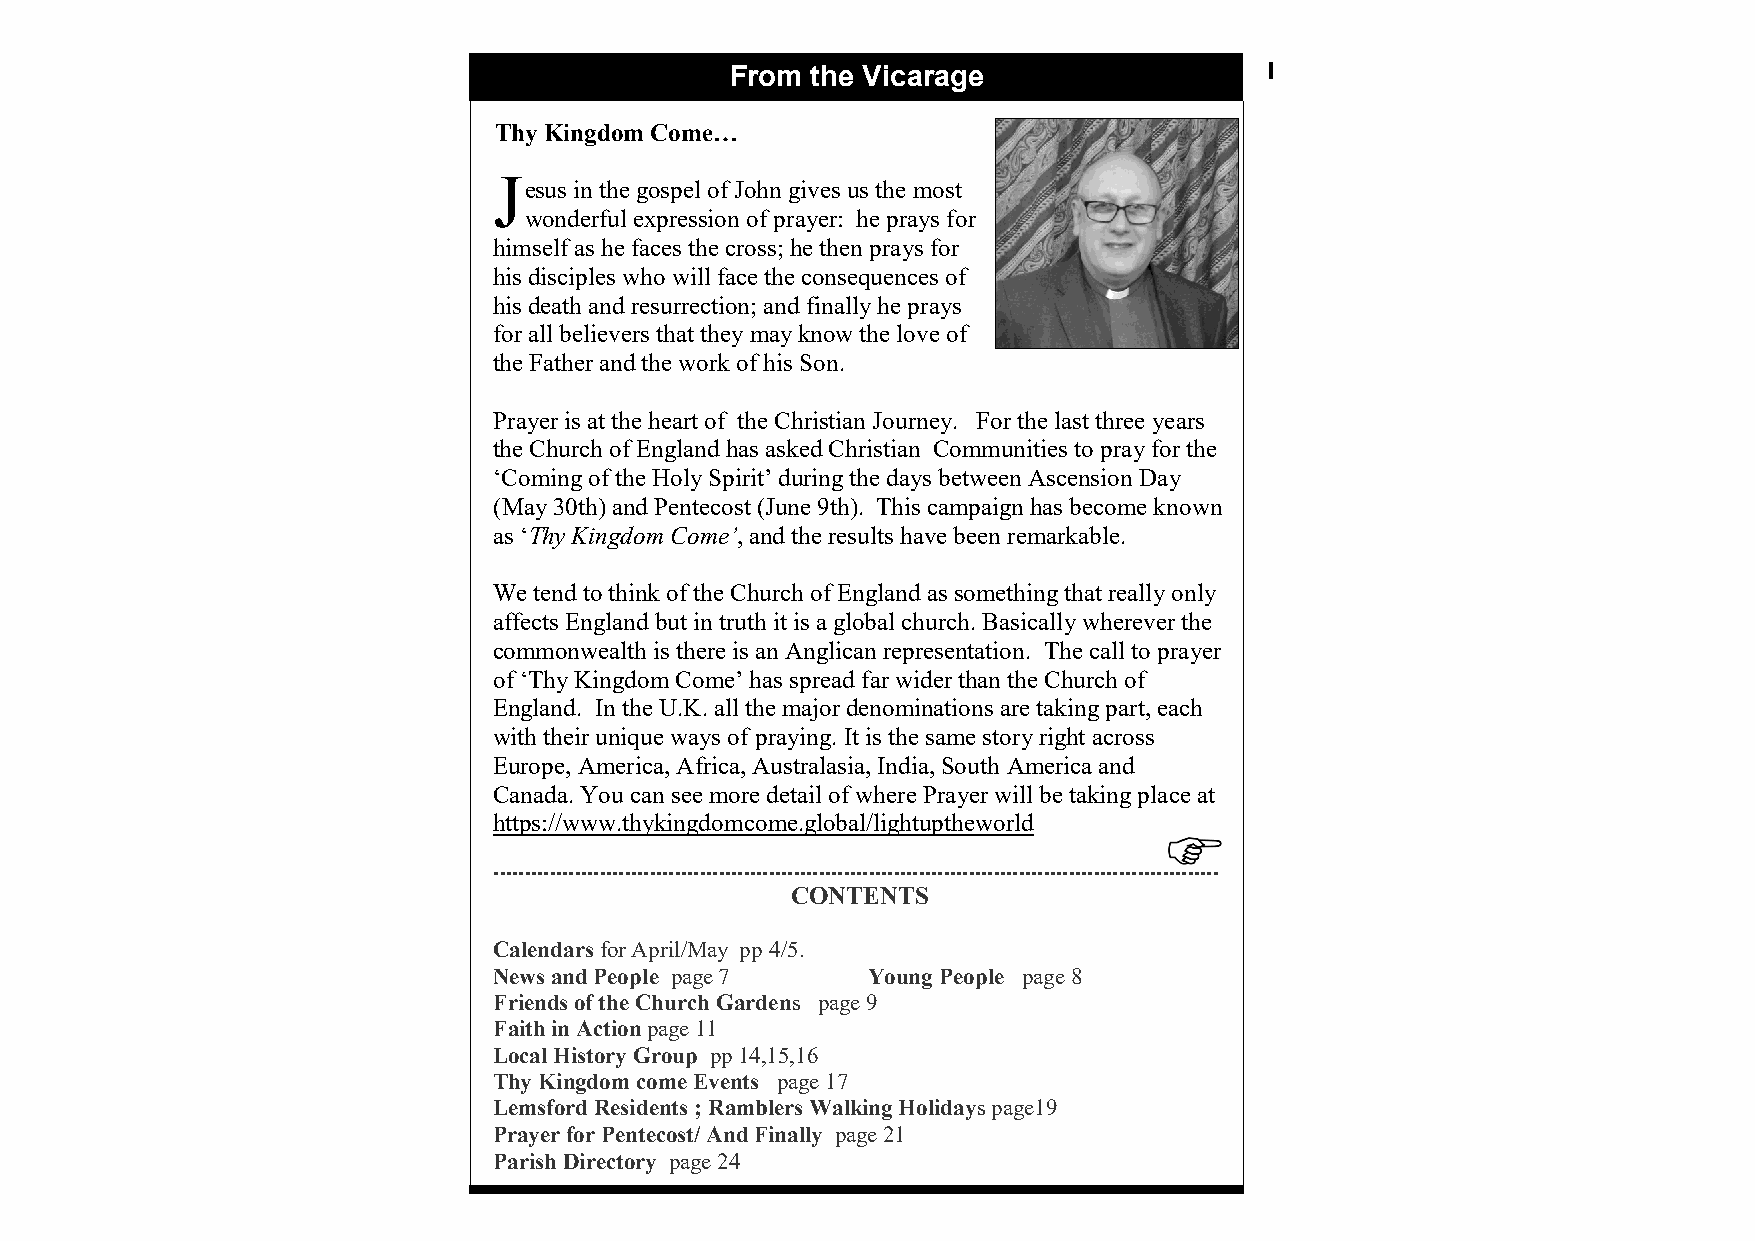
From  the Vicarage                  1
 Thy Kingdom Come…
 J
 esus in the gospel of John gives us the most
 wonderful expression of prayer: he prays for
 himself as he faces the cross; he then prays for
 his disciples who will face the consequences of
 his death and resurrection; and finally he prays
 for all believers that they may know the love of
 the Father and the work of his Son.
 Prayer is at the heart of the Christian Journey. For the last three years
 the Church of England has asked Christian Communities to pray for the
 ‘Coming of the Holy Spirit’ during the days between Ascension Day
 (May 30th) and Pentecost (June 9th). This campaign has become known
 as ‘Thy Kingdom Come’, and the results have been remarkable.
 We tend to think of the Church of England as something that really only
 affects England but in truth it is a global church. Basically wherever the
 commonwealth is there is an Anglican representation. The call to prayer
 of ‘Thy Kingdom Come’ has spread far wider than the Church of
 England. In the U.K. all the major denominations are taking part, each
 with their unique ways of praying. It is the same story right across
 Europe, America, Africa, Australasia, India, South America and
 Canada. You can see more detail of where Prayer will be taking place at
 https://www.thykingdomcome.global/lightuptheworld
 ....................................................................................................................
 CONTENTS
 Calendars for April/May pp 4/5.
 News and People page 7  Young People page 8
 Friends of the Church Gardens page 9
 Faith in Action page 11
 Local History Group pp 14,15,16
 Thy Kingdom come Events page 17
 Lemsford Residents ; Ramblers Walkin g Holidays page19
 Prayer for Pentecost/ And Finally page 21
 Parish Directory page 24